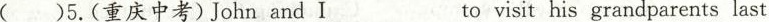
( )5.(重庆中考)John and I ___ to visit his grandparents last